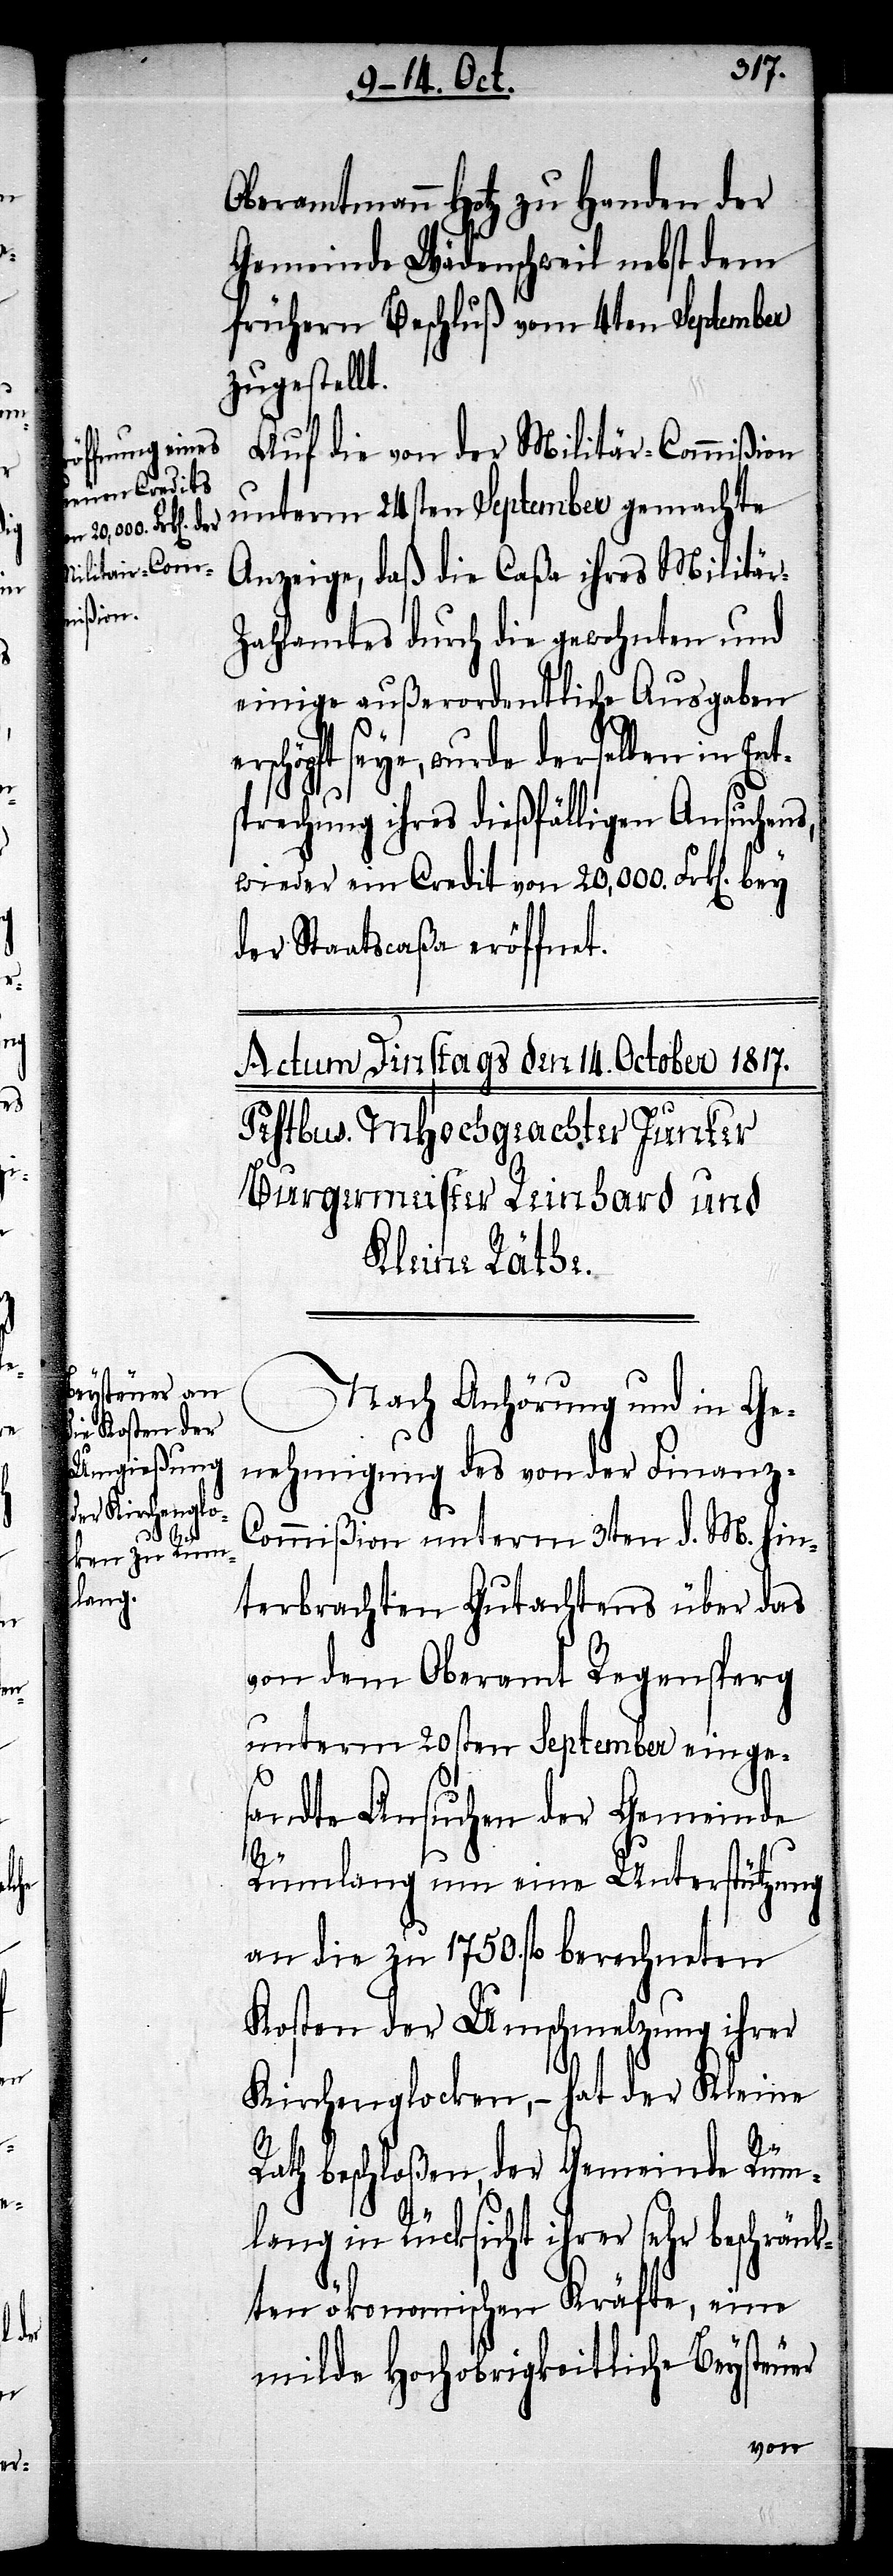
e¬

Oberamtmann Hotz zu Handen der
Gemeinde Wädenschweil nebst dem
frühern Beschluß vom 4ten September
zugestellt.
Auf die von der Militär-Commißion
unterm 24sten September gemachte
Anzeige, daß die Caßa ihres Militä¬
ahlamtes durch die gewohnten und
einige außerordentliche Ausgaben
rschöpft seye, wurde derselben in Ent¬
sprechung ihres dießfälligen Ansuchens,
wieder ein Credit von 20,000. Frk[en].
der Staatscaßa eröffnet.
Nach Anhörung und in Ge¬
nehmigung des von der Finanz-C¬
ommißion unterm 3ten d. M. hin¬
terbrachten Gutachtens über das
von dem Oberamt Regensperg
unterm 20sten September einge¬
sandte Ansuchen der Gemeinde
Rümlang um eine Unterstützung
an die zu 1750. fl. berechneten
Kosten der Umschmelzung ihrer
Kirchenglocken, – hat der Kleine
Rath beschloßen, der Gemeinde Rüm¬
lang in Rücksicht ihrer sehr beschränk¬
ten ökonomischen Kräfte, eine
milde Hochobrigkeitliche Beysteuer